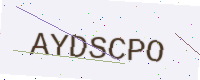
Text: AYDSCPO